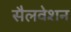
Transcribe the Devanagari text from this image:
सैलवेशन